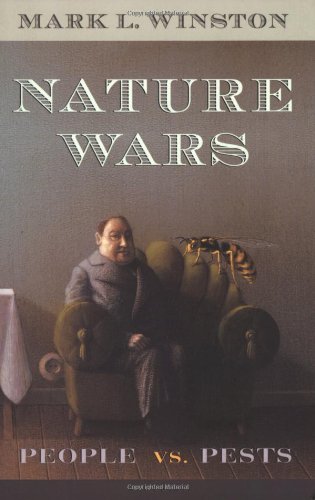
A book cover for Nature Wars: People vs. Pests; Mark L. Winston; Sports & Outdoors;